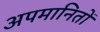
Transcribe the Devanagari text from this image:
अपमानितों